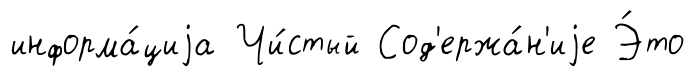
информа́циjа Чи́стый Сод'ержа́н'иjе Э́то